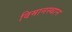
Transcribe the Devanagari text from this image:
विमानस्थान